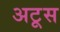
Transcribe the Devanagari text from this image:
अटूस